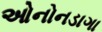
ઓનોનડાગા